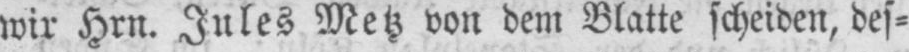
wir Hrn. Jules Metz von dem Blatte scheiden, des⸗